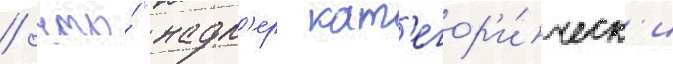
/ что́ "надл'ер кат'егор'и́ческ'и